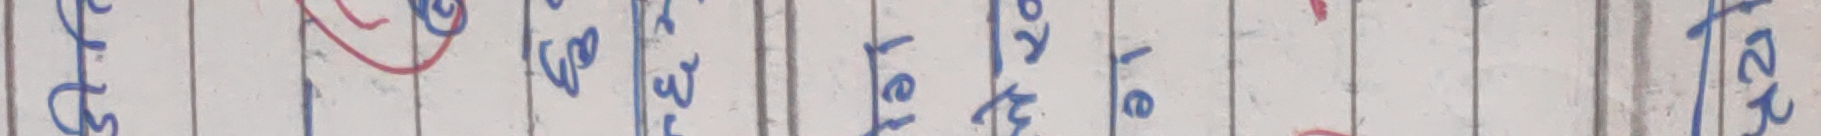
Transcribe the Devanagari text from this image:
शब्द अंग्रेजी अर्थ वा रूपमा २